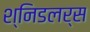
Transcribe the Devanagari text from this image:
श्निडलर्स